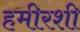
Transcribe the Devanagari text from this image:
हमीरशी